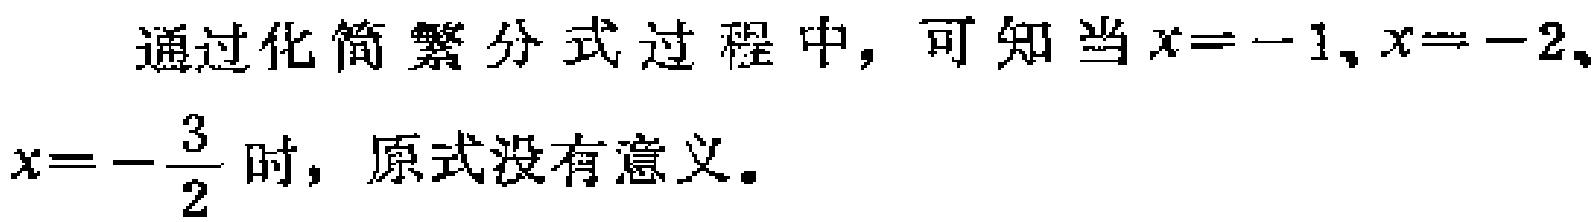
通过化简繁分式过程中，可知当\(x = -1\)、\(x = -2\)、\(x = -\frac{3}{2}\)时，原式没有意义。